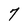
Character: 7